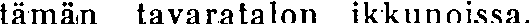
tämän tavaratalon ikkunoissa.